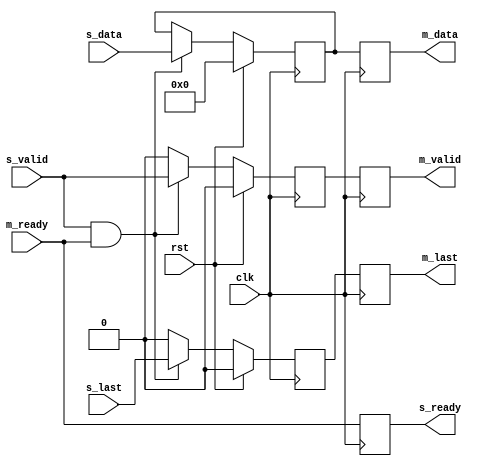
module register(
input clk, // clock signal
    input rst, // reset signal
    
    //slave
    input [7:0]s_data,
    input s_valid,
    output reg s_ready,
    input  s_last,
    
    
    //master
    output reg  [7:0]m_data,
    output reg  m_valid,
    input m_ready,
    output reg  m_last

);

reg [7:0]data;
reg valid;
reg last;
wire ready;
  assign ready = m_ready;
  
  always@(posedge clk) begin
    if(rst)begin
        valid <= 1'b0;
        data <= 8'b0;
        last <= 1'b0;
    end
    else begin
         if(s_valid && ready) begin
            data <= s_data;
            valid <= s_valid;
            last <= s_last;
         end
         else begin
            valid <= 1'b0;
            last <= 1'b0;
         end
    end  
end

always@(posedge clk) begin
    m_data = data;
    m_valid = valid;
    m_last = last;
    s_ready = ready;
end
endmodule